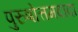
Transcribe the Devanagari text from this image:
पुरुषोत्तमदादा